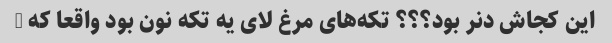
این کجاش دنر بود؟؟؟ تکه‌های مرغ لای یه تکه نون بود واقعا که …